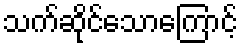
သက်ဆိုင်သောကြောင့်